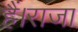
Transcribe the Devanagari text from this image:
हैं।राजा